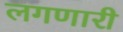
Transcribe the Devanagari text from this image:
लगणारी